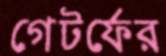
গেটর্ফের